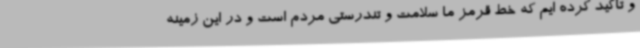
و تاکید کرده ایم که خط قرمز ما سلامت و تندرستی مردم است و در این زمینه